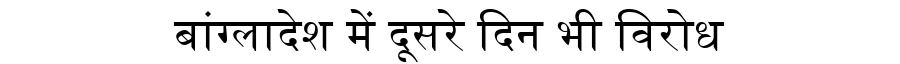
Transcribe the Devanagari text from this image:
बांग्लादेश में दूसरे दिन भी विरोध